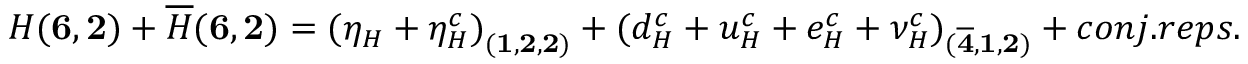
H ( { \bf 6 } , { \bf 2 } ) + { \overline { { H } } } ( { \bf 6 } , { \bf 2 } ) = { ( { \eta _ { H } } + { \eta _ { H } ^ { c } } ) } _ { ( { \bf 1 } , { \bf 2 } , { \bf 2 } ) } + { ( { d _ { H } ^ { c } } + { u _ { H } ^ { c } } + { e _ { H } ^ { c } } + { \nu _ { H } ^ { c } } ) } _ { ( { \bf { \overline { { 4 } } } } , { \bf 1 } , { \bf 2 } ) } + c o n j . r e p s .